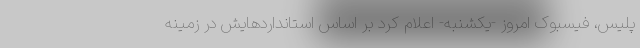
پلیس، فیسبوک امروز -یکشنبه- اعلام کرد بر اساس استانداردهایش در زمینه